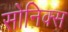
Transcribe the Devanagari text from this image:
सोनिक्स